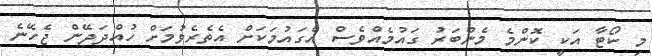
މި ކޯޓާ އަކީ ކޮންމެ މެންބަރު ގައުމެއްވެސް އެގައުމަކަށް އެތެރެވުމަށް ހުއްދަދޭން ޖެހޭނެ